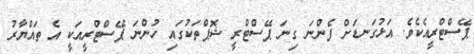
ޕޭސްޓްރީއެކެވެ. އަޅުގަނޑަށް ފެންނަ ގިނަ ޕޭސްޓްރީ ޝޮޕްތަކުގައި ހުންނަ ޕޭސްޓްރީއަކީ އެ ތައްޔާރު